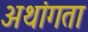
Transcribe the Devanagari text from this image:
अथांगता